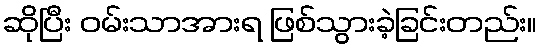
ဆိုပြီး ဝမ်းသာအားရ ဖြစ်သွားခဲ့ခြင်းတည်း။